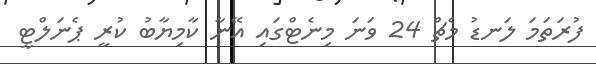
ފުރަތަމަ ލަނޑު މެޗް 24 ވަނަ މިނެޓްގައި އޭނާ ކާމިޔާބު ކުރީ ޕެނަލްޓީ